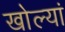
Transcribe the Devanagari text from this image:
खोल्यां